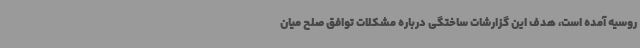
روسیه آمده است، هدف این گزارشات ساختگی درباره مشکلات توافق صلح میان